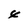
Character: 4